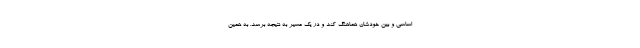
اساسی و بین خودشان هماهنگ کند و در یک مسیر به نتیجه برسد. به همین